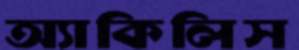
অ্যাকিলিস